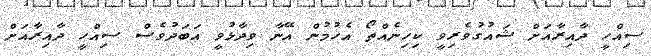
ސިއްހީ ދާއިރާއަށް ޝައުގުވެރިވީ ކިހިނެއްތޯ އެހުމުން އޭނާ ވިދާޅުވީ އަބަދުވެސް ސިއްހީ ދާއިރާއަށް